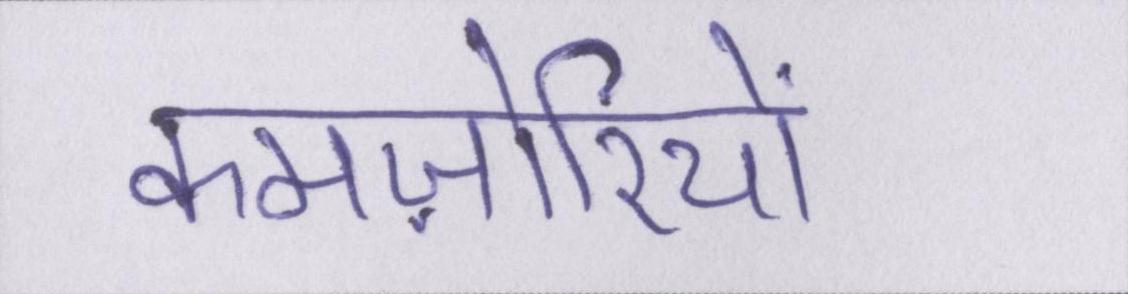
कमज़ोरियों